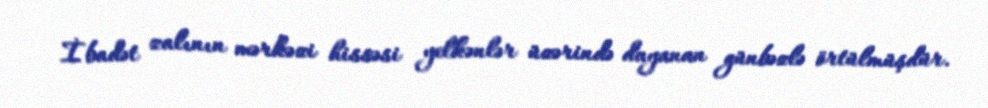
İbadət zalının mərkəzi hissəsi yelkənlər üzərində dayanan günbəzlə örtülmüşdür.